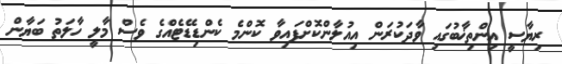
ރިޔާސީ އިންތިޚާބުގައި ވާދަކުރަން އިއުލާންކޮށްފައިވާ ކޮންމެ ކެންޑިޑޭޓެއްގެ ވެސް މާލީ ހާލަތު ބަޔާން